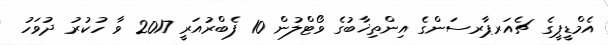
އެމްޑީޕީގެ ޗެއަރޕާރސަންގެ އިންތިޚާބުގެ ވޯޓްލުން 10 ފެބްރުއަރީ 2017 ވާ ހުކުރު ދުވަހު